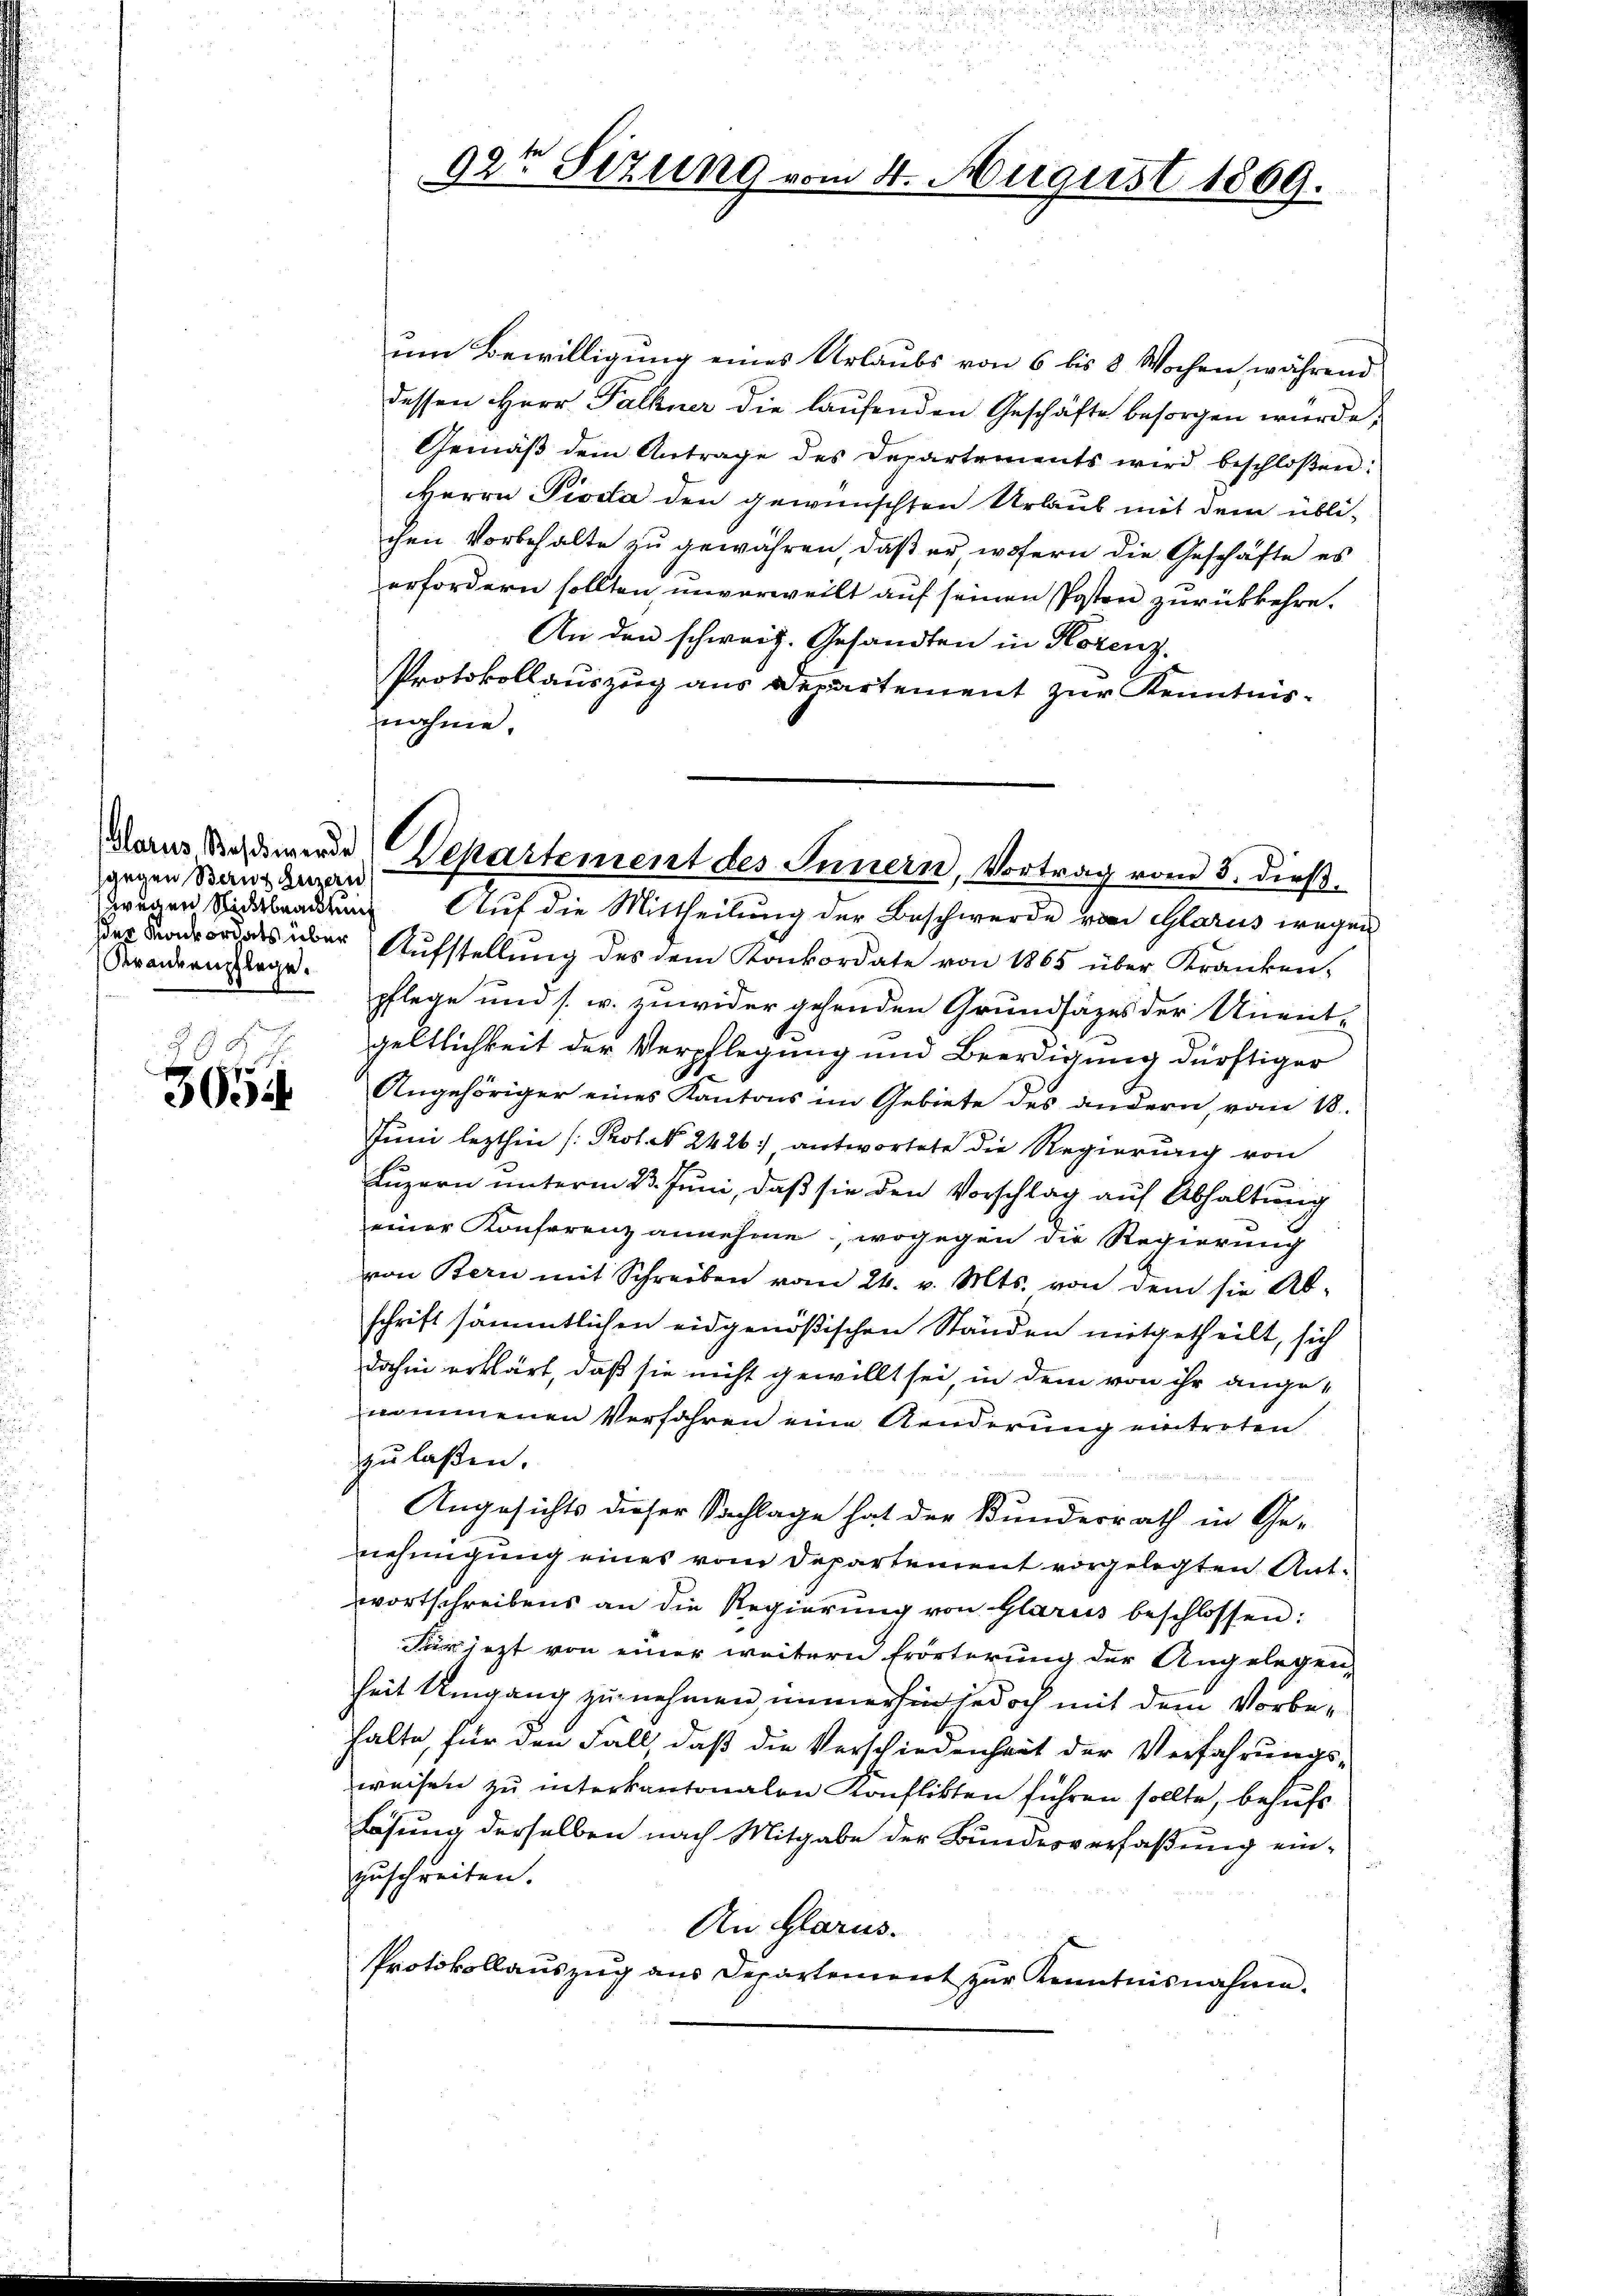
Glarus Basel werde
gegen Bern, Luzern
Krankenpflege.

§. 9.
305

92t Sizung vom 4. August 1869.

um Bewilligung eines Urlaubs von 6 bis 8 Wochen, während
dessen Herr Palbner die laufenden Geschäfte besorgen würde.
Gemäß dem Antrage des Departements wird beschloßen:
Herrn Pioda den gewünschten Urlaub mit dem übli-
chen Vorbehalte zu gewähren, daß er, wofern die Geschäfte es
erfordern sollten, unverweilt auf seinen Posten zurückkehre.
An den schweiz. Gesandten in Horenz.
Protokollauszug aus Departement zur Kenntnis-
nahme.

Departement des Innern, Vortrag vom 3. dieß.

wegen Sidebradung Auf die Mittheilung der Beschwerde von Glarus wegen
der Badeordes über Aufstellŭng des dem Konkordate von 1865 über Kranken,
pflege und s. w. zuwider gehenden Grundsätzes der Unent-
geltlichkeit der Verpflegung und Beerdigung dürftiger
Angehöriger eines Kantons im Gebiete des andern, vom 18.
Juni lezthin (Prot. No. 2426. antwortete die Regierung von
Luzern unterm 23. Juni, daß sie den Vorschlag auf Abhaltung
einer Konferenz annehme, wogegen die Regierung
von Bern mit Schreiben vom 24. v. Mts. von dem sie Ab-
schrift sämmtlichen eidgenößischen Ständen mitgetheilt, sich
dahin erklärt, daß sie nicht gewillt sei, in dem von ihr angenommenen Verfahren eine Aenderung eintreten
zulaßen.
Angesichts dieser Sachlage hat der Bunderrath in Ge-
nehmigung eines vom Departement vorgelegten Antwortschreibens an die Regierŭng von Glarus beschlossen:
Für jezt von einer weitern Erörterung der Angelegen,
heit Umgang zu nehmen, immerhin jedoch mit dem Vorbehalte, für den Fall, daß die Verschiedenheit der Verfahrungs-
weisen zu interkantonalen Konflikten führen sollte, behufs
Lösung derselben nach Mitgabe der Bundesverfaßung einzuschreiten.
An Glarus.
Protokollauszug aus Departement zur Kenntnisnahme.